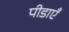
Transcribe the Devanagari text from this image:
पीडाएँ